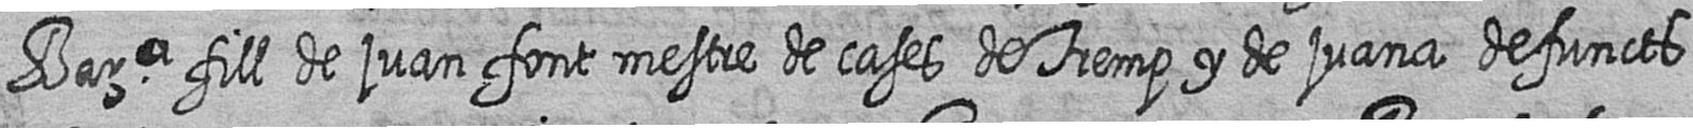
Bara fill de juan font mestre de cases de Tremp y de juana defuncts